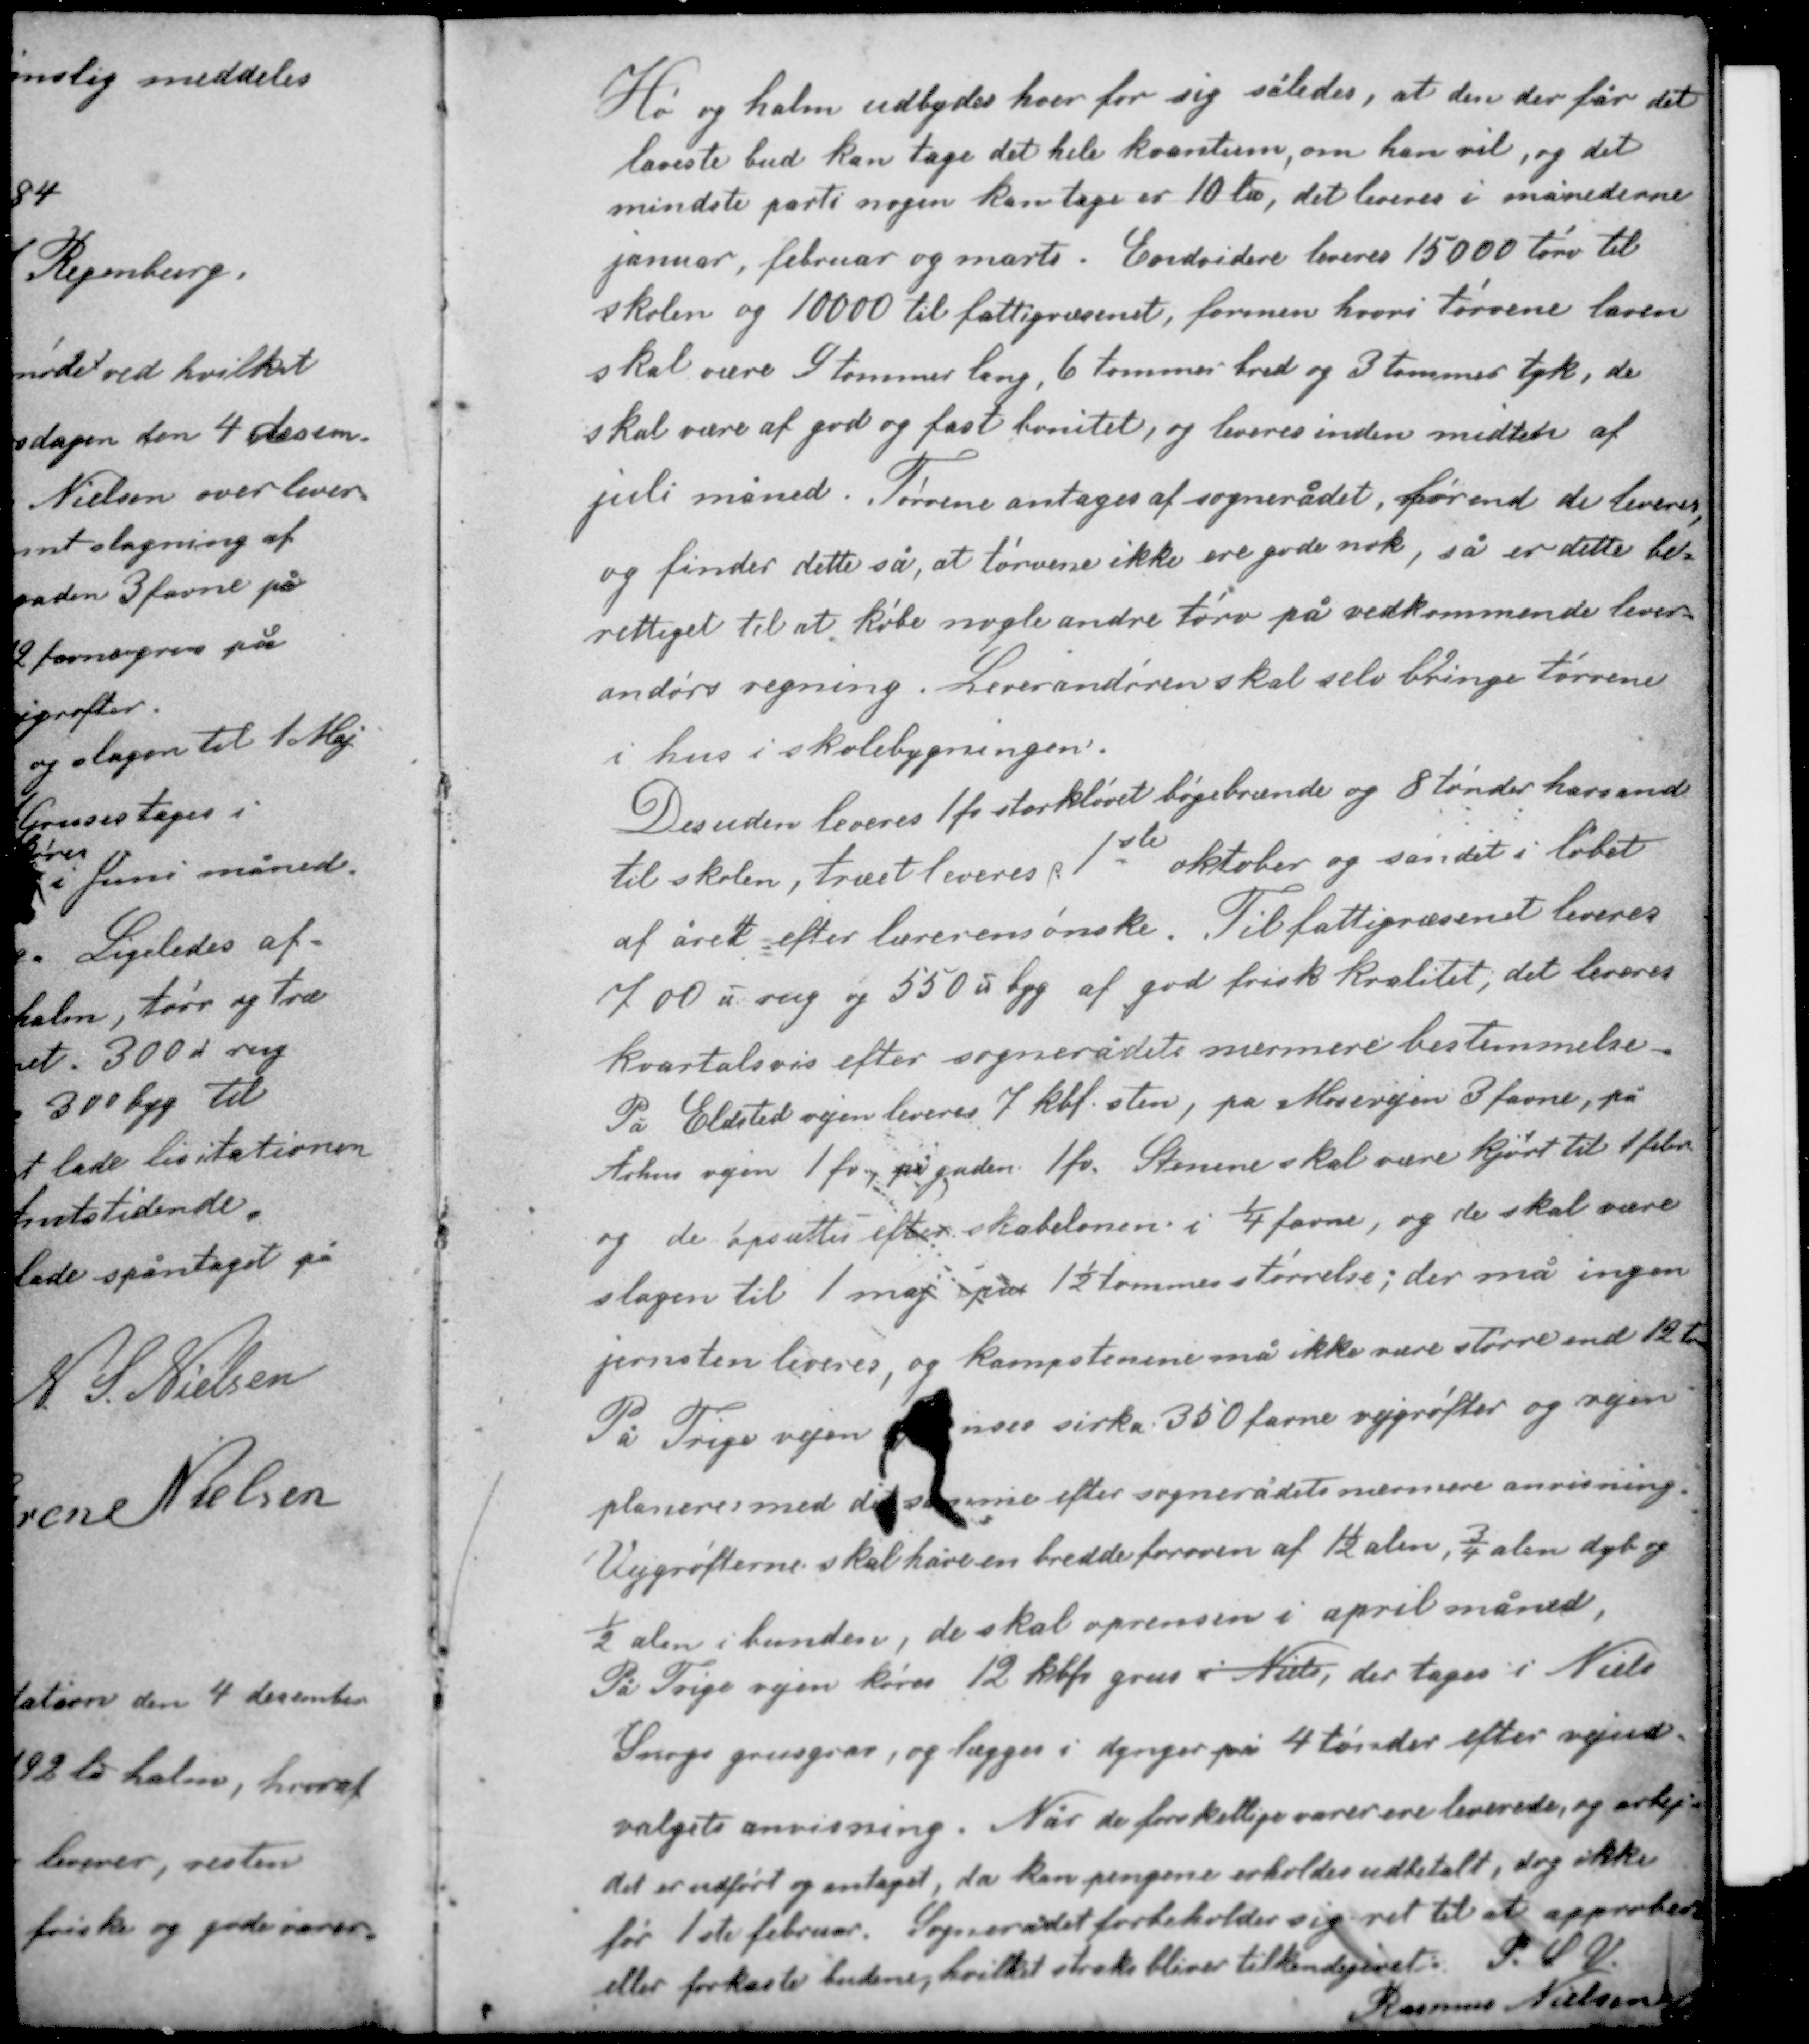
Transskription:
Hø og halm udbydes hver for sig således, at den der får det
laveste bud kan tage det hele kvantum, om han vil, og det
mindste parti nogen kan tage er 10 ℔, det leveres i månederne
januar, februar og marts. Endvidere leveres 15000 tørv til
skolen og 10000 til fattigvæsenet, formen hvori tørvene laves
skal være 9 tommer lang, 6 tommer bred og 3 tommer tyk, de
skal være af god og fast bonitet, og leveres inden midten af

juli måned. Tørvene antages af sognerådet, førend de leveres,
og finder dette så, at tørvene ikke ere gode nok, så er dette be-
rettiget til at købe nogle andre tørv på vedkommende lever-
andørs regning. Leverandøren skal selv bringe tørvene
i hus i skolebygningen.

Desuden leveres 1 fv storkløvet bøgebrænde og 8 tønder havsand
til skolen, træet leveres  1ste oktober og sandet i løbet
af året efter lærerens ønske. Til fattigvæsenet leveres
700 ℔ rug og 550 ℔ byg af god frisk kvalitet, det leveres
kvartalsvis efter sognerådets nærmere bestemmelse.
På Eldsted vejen leveres 7 kbf sten, på Mosevejen 3 favne, på
Århus vejen 1 fv, på gaden 1 fv. Stenene skal være kjørt til 1 febr.
og de opsættes efter skabelonen i ¼ favne, og de skal være
slagen til 1 maj i pres 1½ tommers størrelse; der må ingen

jernsten leveres, og kampstenene må ikke være større end 12 t.
På Trige vejen renses cirka 350 favne vejgrøfter og vejen
planeres med det samme efter sognerådets nærmere anvisning.
Vejgrøfterne skal have en bredde foroven af 1½ alen, ¾ alen dyb og
½ alen i bunden, de skal oprenses i april måned.
På Trige vejen køres 12 kbf. grus i Niels, der tages i Niels

Snogs grusgrav, og lægges i dynger på 4 tønder efter vejud-
valgets anvisning. Når de forskellige varer ere leverede og arbej-
det er udført og antaget, da kan pengene erholdes udbetalt, dog ikke
før 1ste februar. Sognerådet forbeholder sig ret til at approbere
eller forkaste budene, hvilket straks bliver tilkendegivet. P. S. V.
Rasmus Nielsen